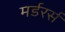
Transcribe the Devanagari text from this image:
मर्डरर्स